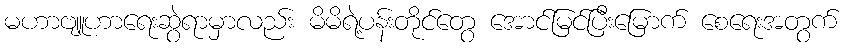
မဟာဗျူဟာရေးဆွဲရာမှာလည်း မိမိရဲ့ပန်းတိုင်တွေ အောင်မြင်ပြီးမြောက် စေရေးအတွက်